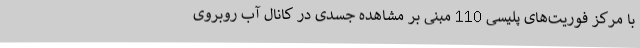
با مرکز فوریت‌های پلیسی 110 مبنی بر مشاهده جسدی در کانال آب روبروی